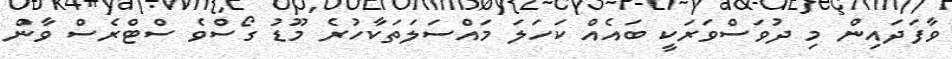
ވާފަދައިން މި ދުވަސްވަރަކީ ބައެއް ކަހަލަ މައްސަލަތަކާހުރެ މޫޑު ގޯސްވެ ސްޓްރެސް ވާން